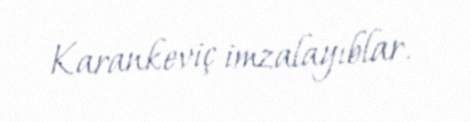
Karankeviç imzalayıblar.